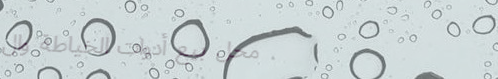
محل بيع أدوات الخياطة وال